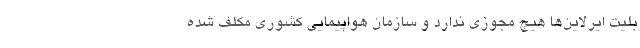
بلیت ایرلاین‌ها هیچ مجوزی ندارد و سازمان هواپیمایی کشوری مکلف شده